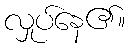
လှုပ်နေ၏။